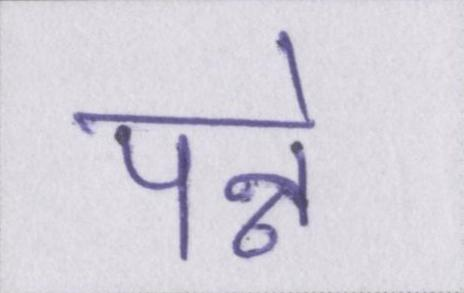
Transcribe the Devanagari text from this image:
पन्ने